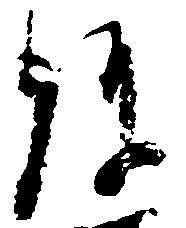
弥